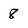
Character: 8